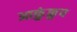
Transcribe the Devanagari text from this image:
आकुंकुप